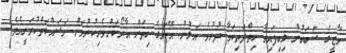
މާޒީގެ ސަބަބުން ލިބިފައިވާ ހިތްދަތިކަމާ ދުރުވެ އަލުން އޭނަގެ ހިތަށް އާރޯކަންވެރިކުރުވަން މަސައްކަތްކުރަނީއެވެ.